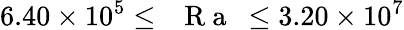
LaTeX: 6.40\times 10^{5}\leq\mathrm{~\textit~{~R~a~}~}\leq 3.20\times 10^{7}